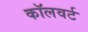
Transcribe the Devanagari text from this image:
कॉलवर्ट